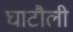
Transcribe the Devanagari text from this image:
घाटौली